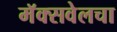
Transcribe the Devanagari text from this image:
मॅक्सवेलचा